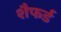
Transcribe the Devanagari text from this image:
शैफर्ड